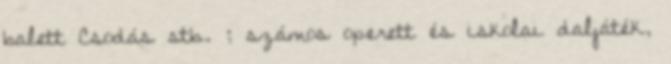
balett Csodás stb. ; számos operett és iskolai daljáték,